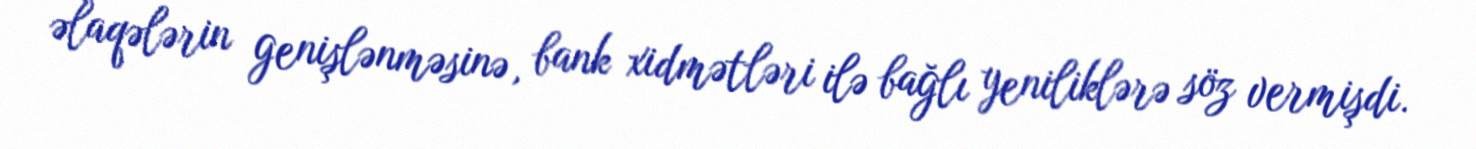
əlaqələrin genişlənməsinə, bank xidmətləri ilə bağlı yeniliklərə söz vermişdi.